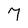
Character: 7